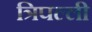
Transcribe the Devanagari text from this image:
त्रिपल्ली